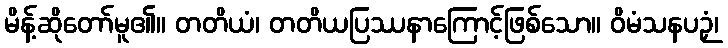
မိန့်ဆိုတော်မူ၏။ တတိယံ၊ တတိယပြဿနာကြောင့်ဖြစ်သော။ ဝိမံသနပဉှံ၊